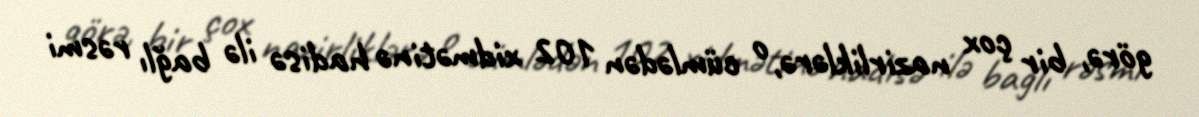
görə, bir çox nazirliklərə, o cümlədən 102 xidmətinə hadisə ilə bağlı rəsmi